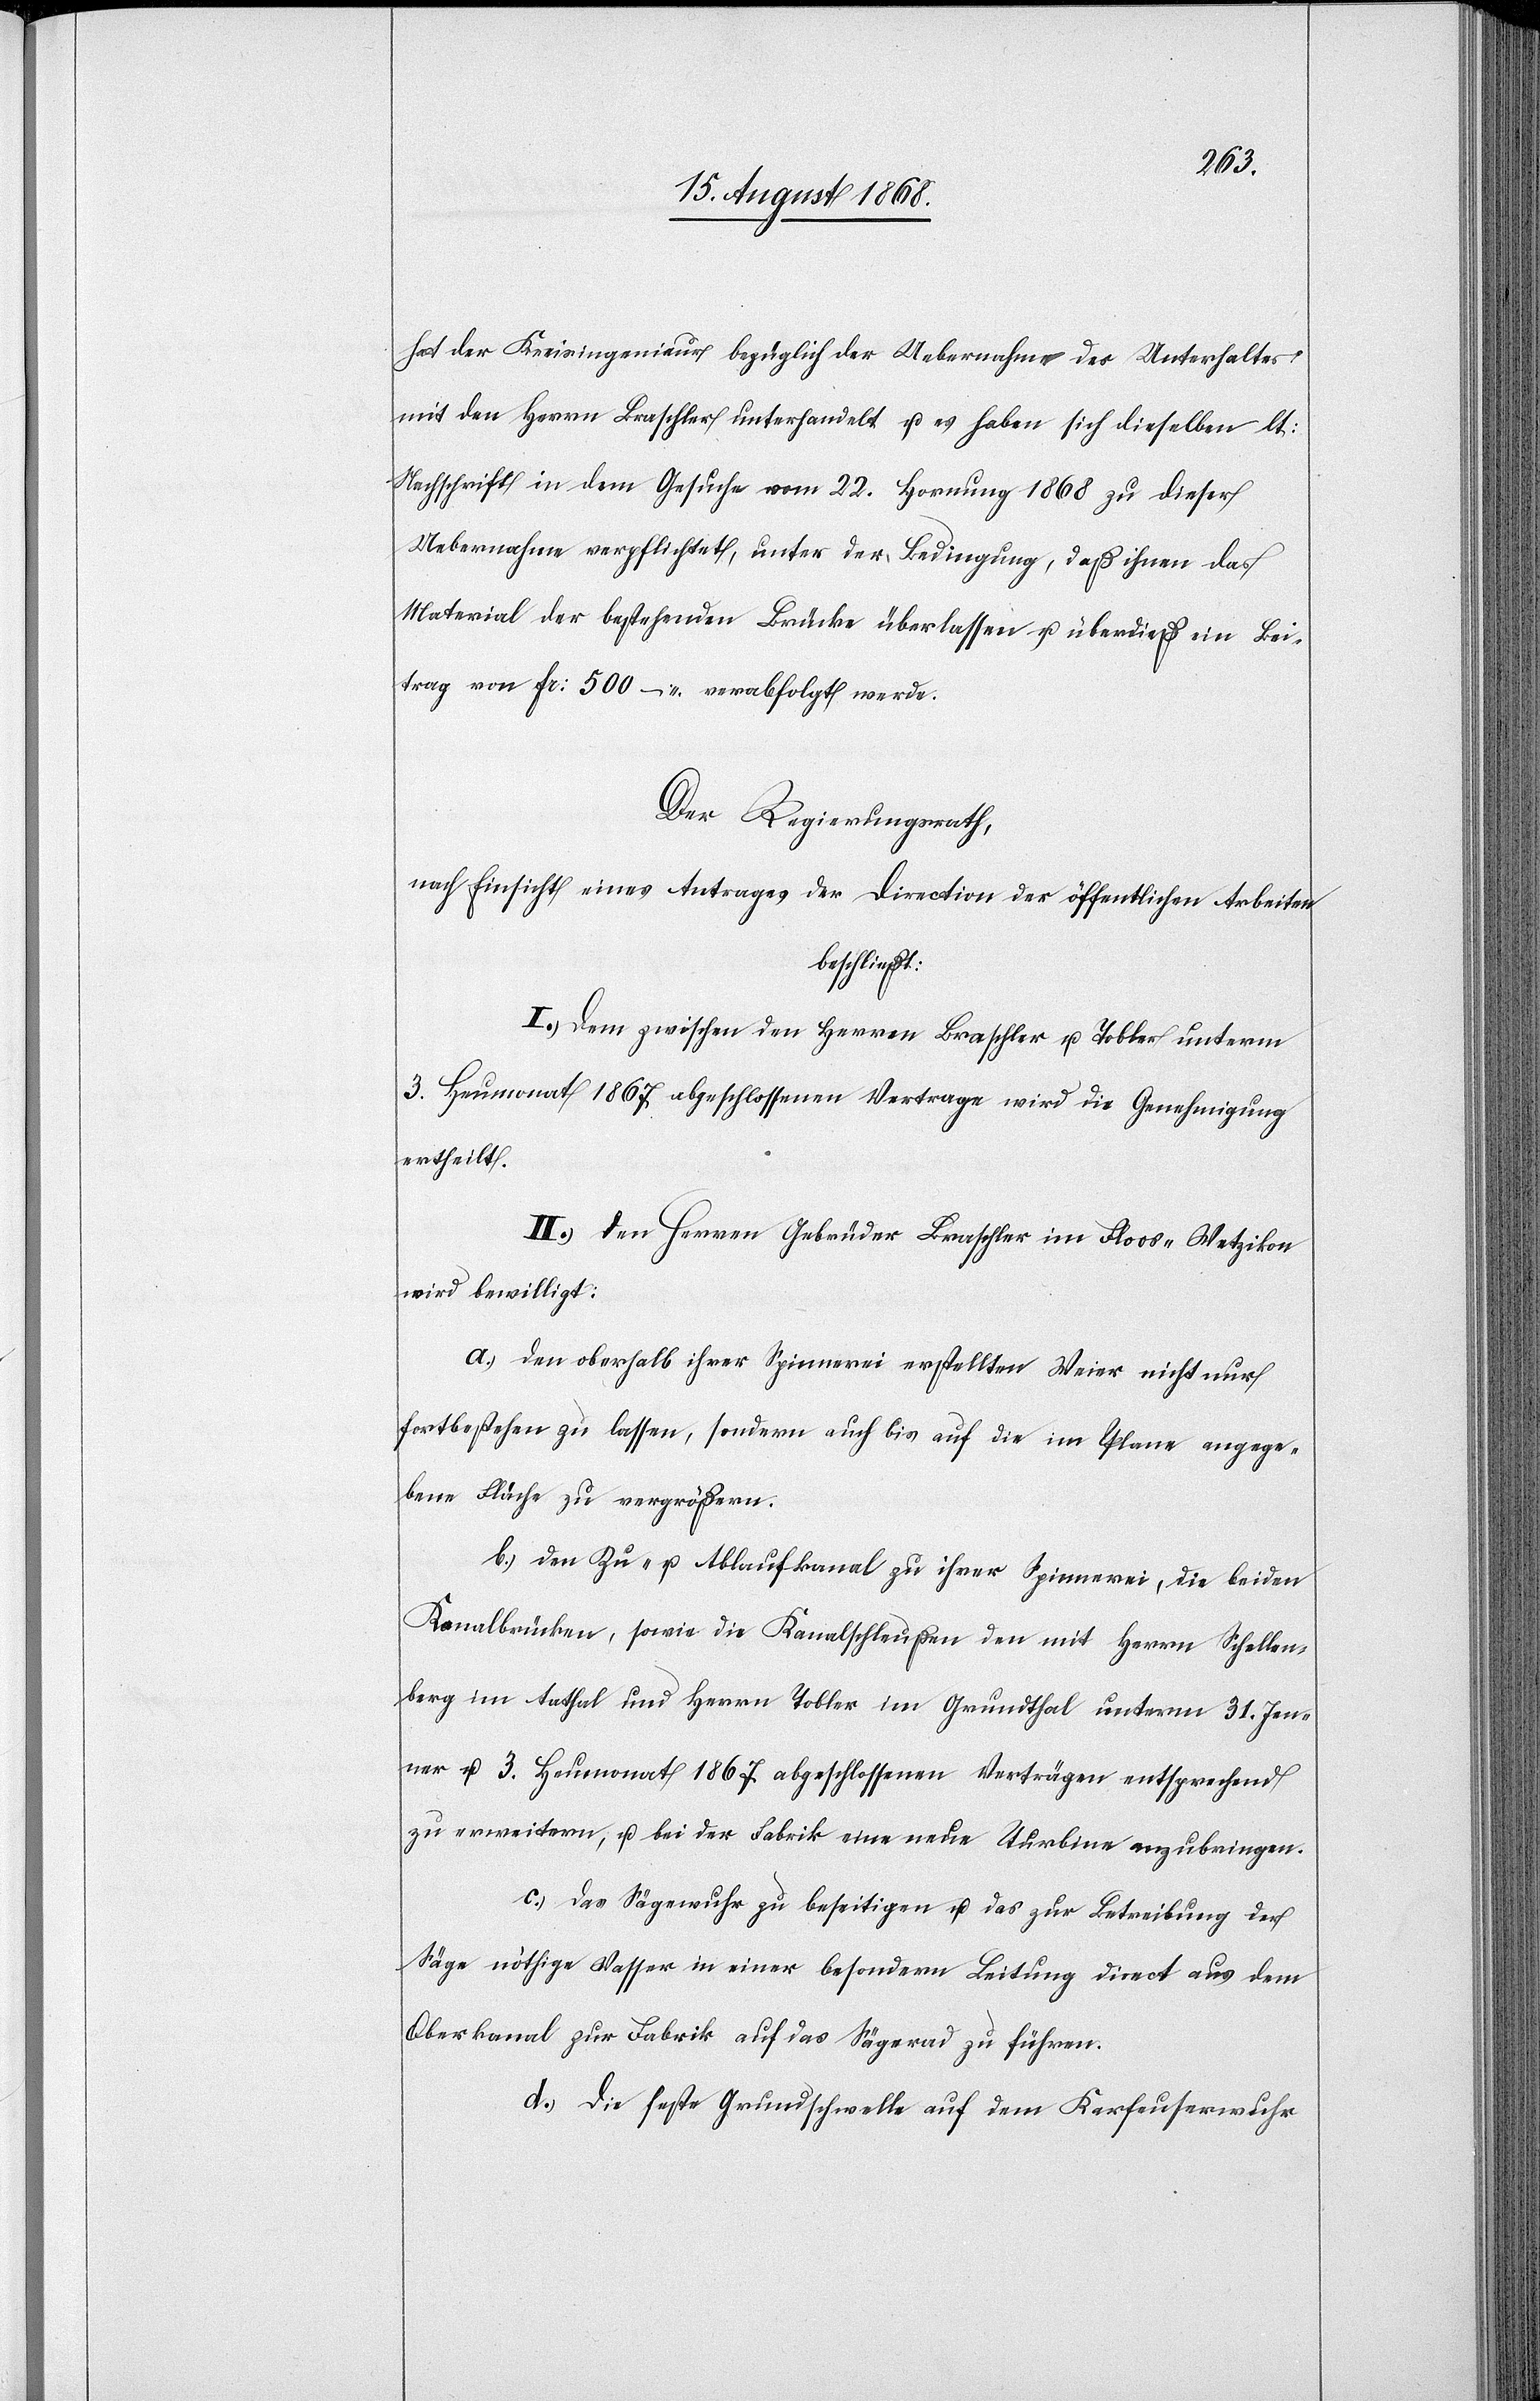
hat der Kreisingenieur bezüglich der Uebernahme des Unterhaltes
mit den Herrn Braschler unterhandelt u. es haben sich dieselben lt:
Nachschrift in dem Gesuche vom 22. Hornung 1868 zu dieser
Uebernahme verpflichtet, unter der Bedingung, daß ihnen das
Material der bestehenden Brücke überlassen u. überdieß ein Bei¬
trag von Fr: 500 – verabfolgt werde.
Der Regierungsrath,
nach Einsicht eines Antrages der Direction der öffentlichen Arbeiten
beschließt:
I.) Dem zwischen den Herren Braschler u. Tobler unterm
3. Heumonat 1867 abgeschlossenen Vertrage wird die Genehmigung
ertheilt.
II.) Den Herren Gebrüder Braschler im Floos - Wetzikon
wird bewilligt:
a.) Den oberhalb ihrer Spinnerei erstellten Weier nicht nur
fortbestehen zu lassen, sondern auch bis auf die im Plane angege¬
bene Fläche zu vergrößern.
b.) Den Zu- u. Ablaufkanal zu ihrer Spinnerei, die beiden
Kanalbrücken, sowie die Kanalschleußen den mit Herrn Schellen¬
berg im Aathal und Herrn Tobler im Grundthal unterm 31. Jen¬
ner u. 3. Heumonat 1867 abgeschlossenen Verträgen entsprechend
zu erweitern, u. bei der Fabrik eine neue Turbine anzubringen.
c.) Das Sägewuhr zu beseitigen u. das zur Betreibung der
Säge nöthige Wasser in einer besondern Leitung direct aus dem
Oberkanal zur Fabrik auf das Sägerad zu führen.
d.) Die feste Grundschwelle auf dem Karfeuserwuhr